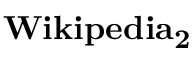
\mathbf { W i k i p e d i a _ { 2 } }